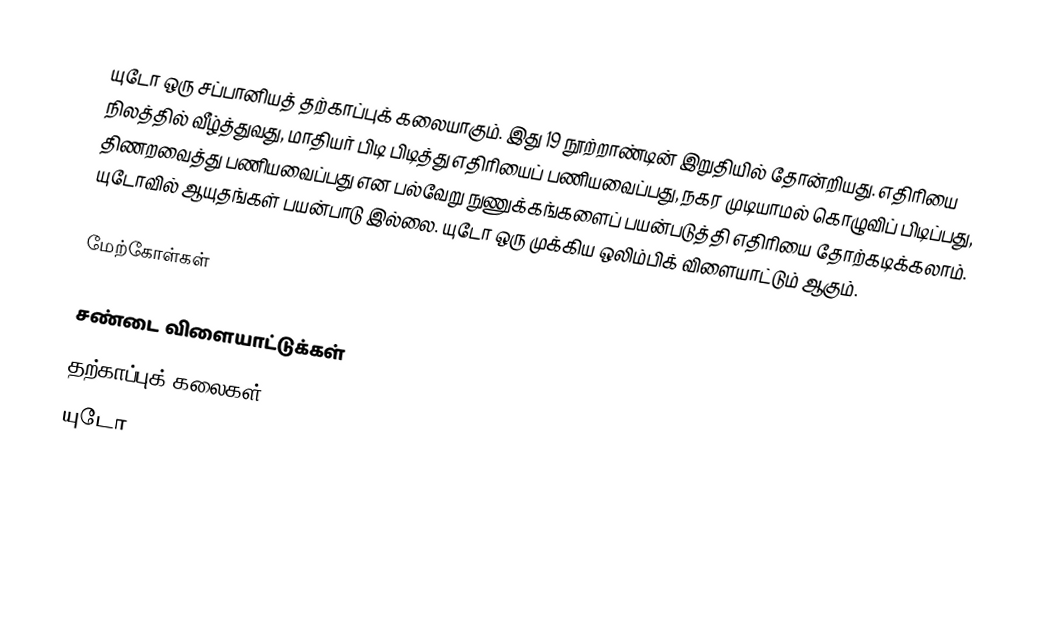
யுடோ ஒரு சப்பானியத் தற்காப்புக் கலையாகும். இது 19 நூற்றாண்டின் இறுதியில் தோன்றியது. எதிரியை நிலத்தில் வீழ்த்துவது, மாதியர் பிடி பிடித்து எதிரியைப் பணியவைப்பது, நகர முடியாமல் கொழுவிப் பிடிப்பது, திணறவைத்து பணியவைப்பது என பல்வேறு நுணுக்கங்களைப் பயன்படுத்தி எதிரியை தோற்கடிக்கலாம். யுடோவில் ஆயுதங்கள் பயன்பாடு இல்லை. யுடோ ஒரு முக்கிய ஒலிம்பிக் விளையாட்டும் ஆகும்.

மேற்கோள்கள்

சண்டை விளையாட்டுக்கள்
தற்காப்புக் கலைகள்
யுடோ